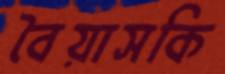
বৈয়াসকি